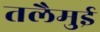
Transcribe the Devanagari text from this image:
तलैमुई